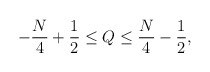
\begin{align*}-\frac{N}{4} + \frac{1}{2} \leq Q \leq \frac{N}{4} - \frac{1}{2},\end{align*}